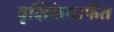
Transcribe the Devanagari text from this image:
वृक्षिकेमार्फत